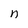
Character: n